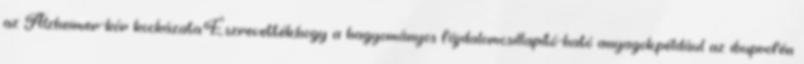
az Alzheimer-kór kockázata.Észrevették,hogy a hagyományos fájdalomcsillapító-ható anyagok,például az ibuprofén